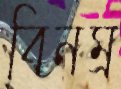
বিনম্র